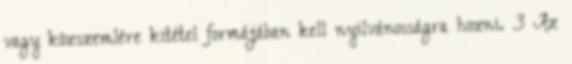
vagy közszemlére kitétel formájában kell nyilvánosságra hozni. 3 Az